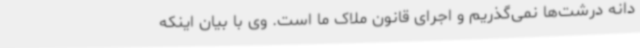
دانه‌ درشت‌ها نمی‌گذریم و اجرای قانون ملاک ما است. وی با بیان اینکه